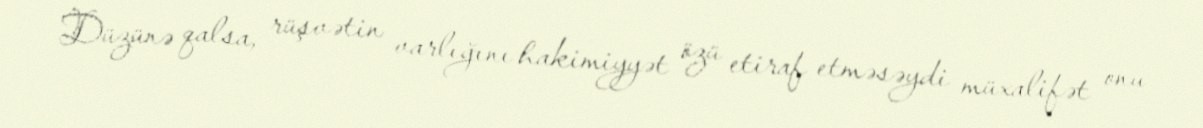
Düzünə qalsa, rüşvətin varlığını hakimiyyət özü etiraf etməsəydi müxalifət onu